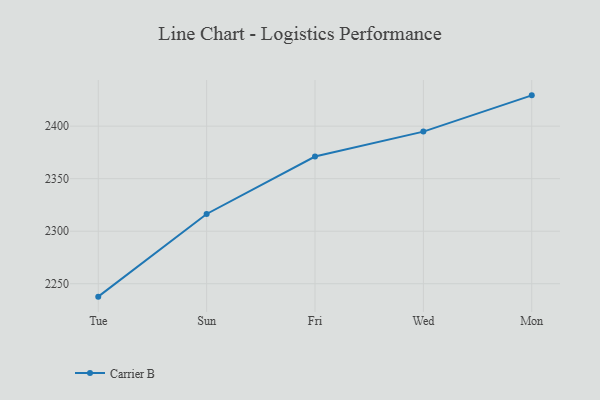
{"axis": {"x": "Day", "y": "Latency (ms)"}, "legend": ["Carrier B"], "data": [{"x": "Tue", "y": 2237.7, "type": "Carrier B"}, {"x": "Sun", "y": 2316.4, "type": "Carrier B"}, {"x": "Fri", "y": 2371.1, "type": "Carrier B"}, {"x": "Wed", "y": 2394.8, "type": "Carrier B"}, {"x": "Mon", "y": 2429.3, "type": "Carrier B"}]}